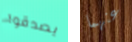
يصدقوا عنهما